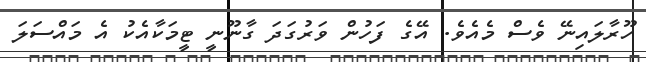
ހޫރާލައިނޭ ވެސް މެއެވެ. އޭގެ ފަހުން ވަރުގަދަ ގާނޫނީ ޓީމަކާއެކު އެ މައްސަލަ